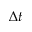
\Delta t